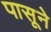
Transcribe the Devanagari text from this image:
पासूने